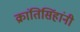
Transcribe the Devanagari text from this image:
क्रांतिसिंहांनी